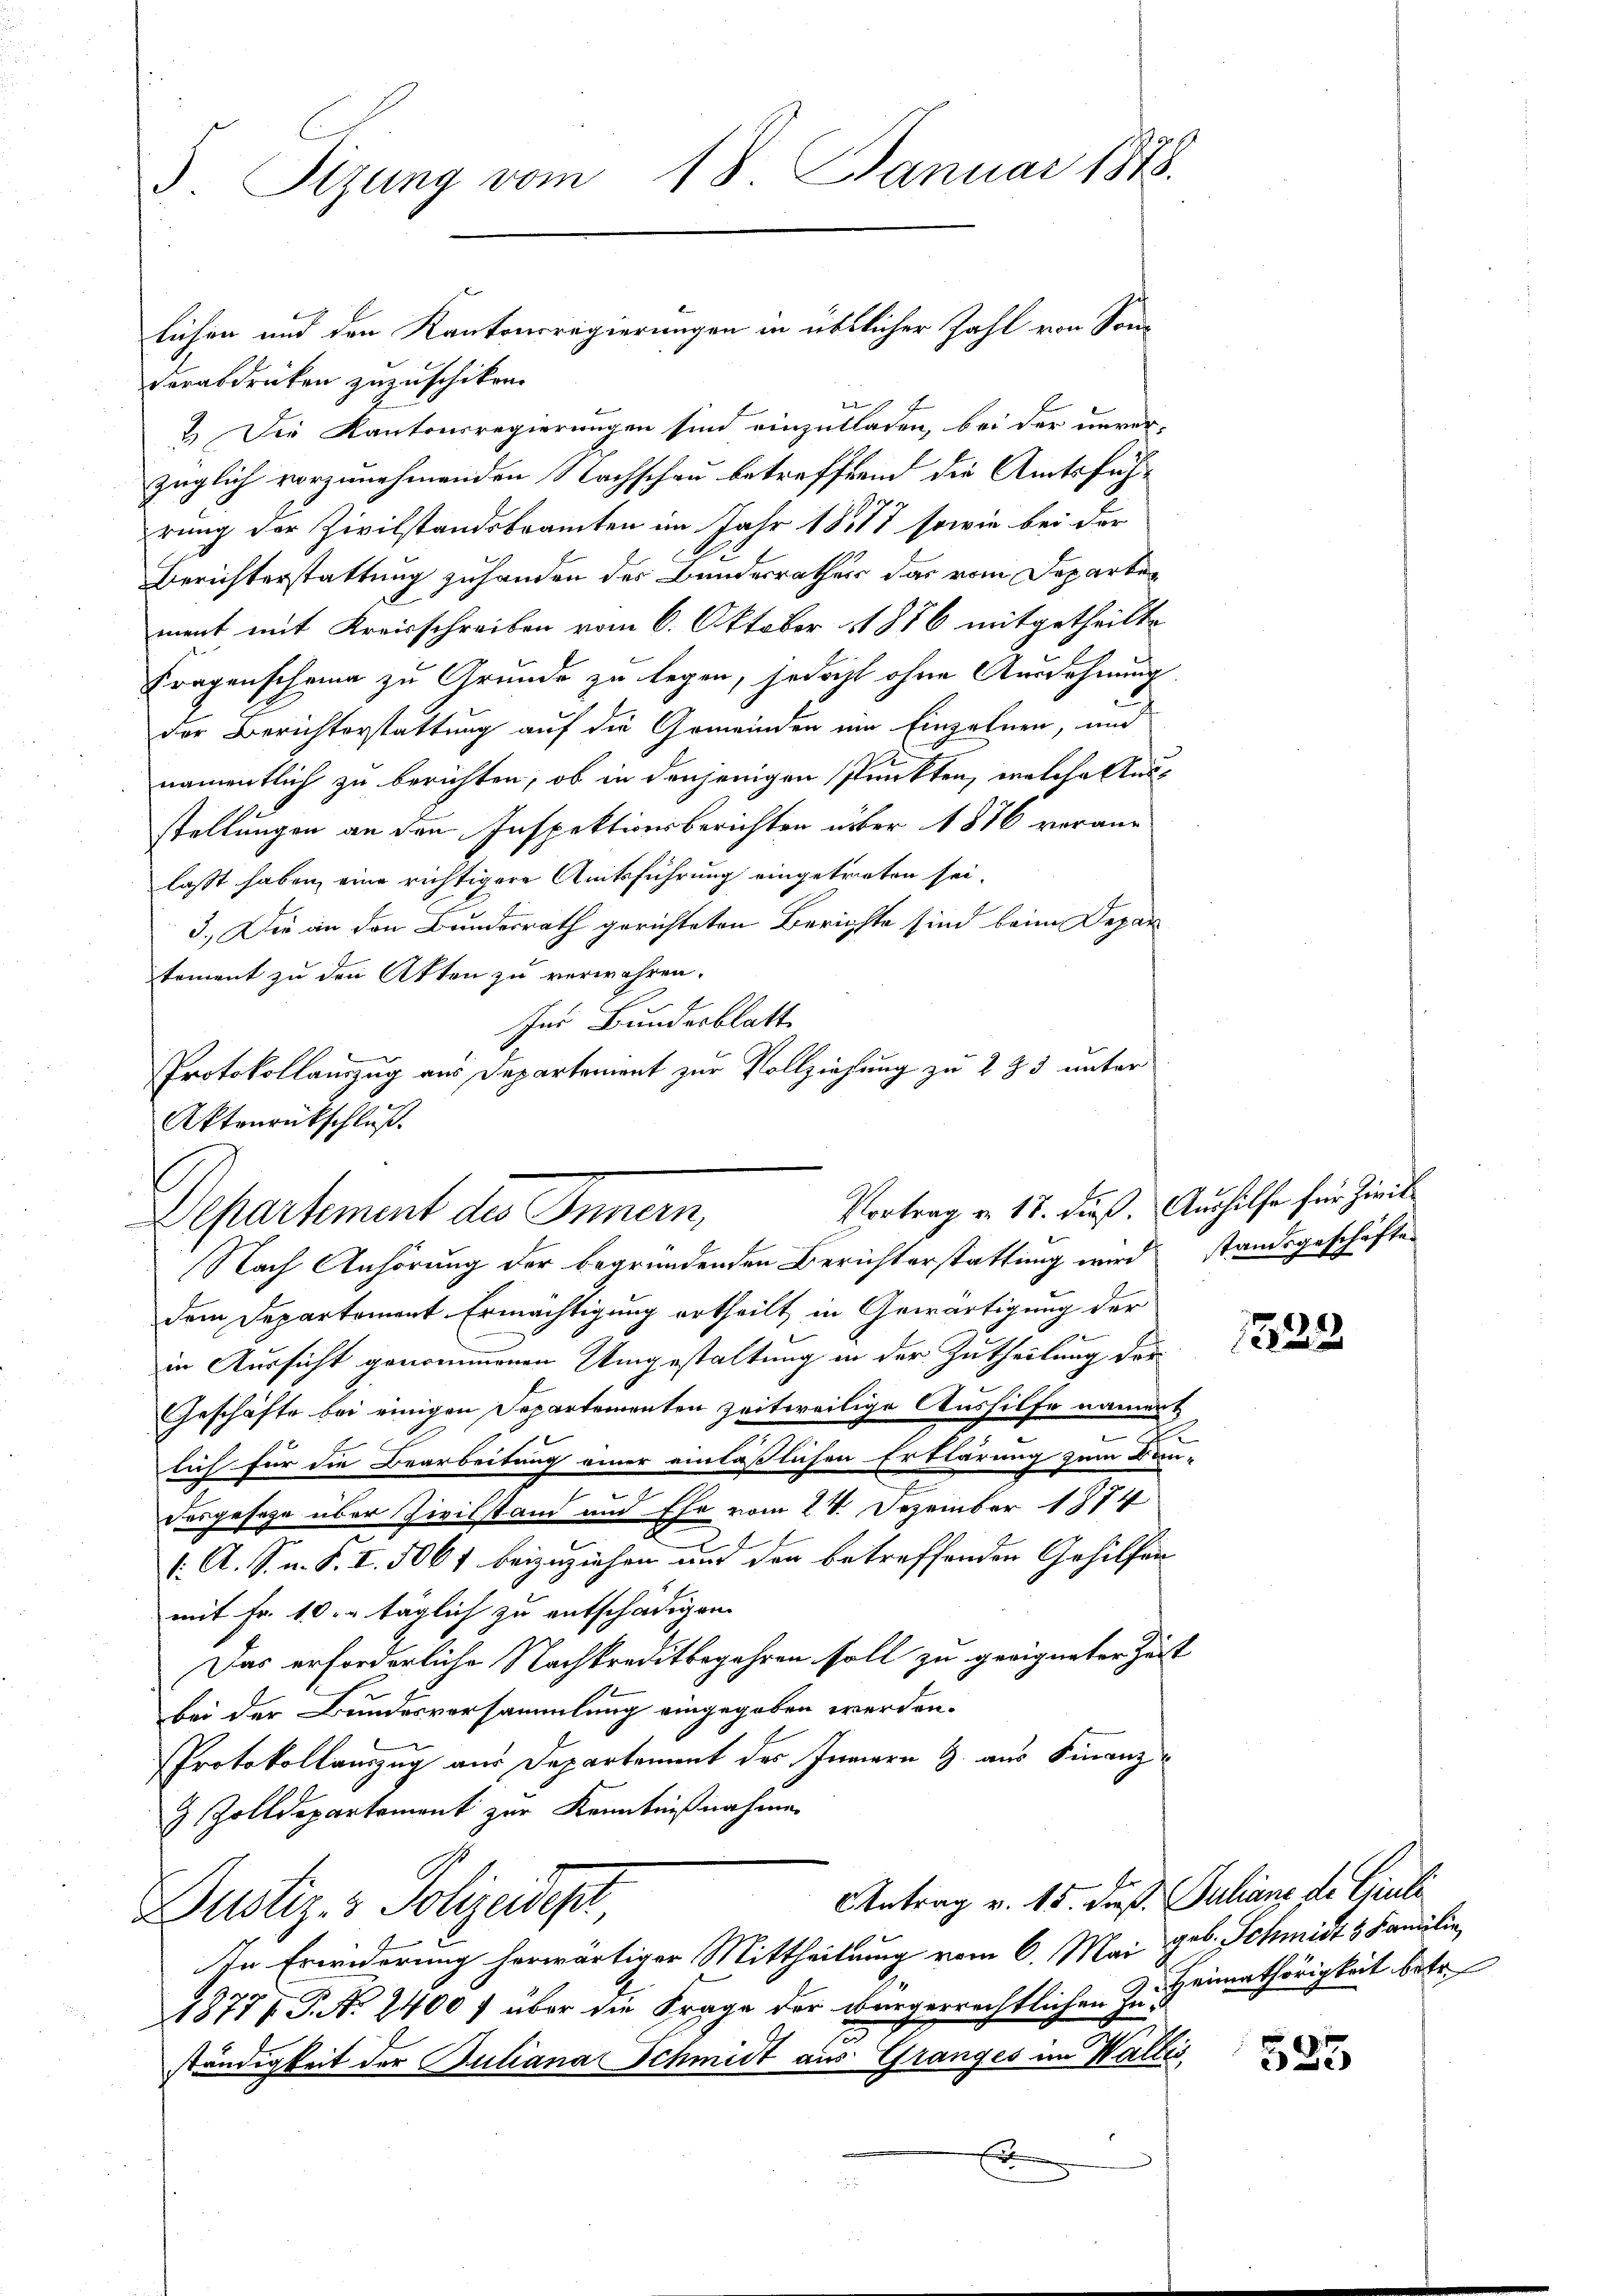
g. s
3. Sizung vom 18. Januar 1848.

lichen und den Kantonsregierungen in überlicher Zahl von Sonderabdrücken zuzuschiken.
2.) Die Kantonsregierungen sind einzuladen, bei der unver-
züglich vorzunehmenden Nachschau betreffend die Amtsführung der Zivilstandsbeamten im Jahr 1817 sowie bei der
Berichterstattung zuhanden der Bundesrathes das vom Departen
ment mit Kreisschreiben vom 6. Oktober 1856 mitgetheilte
Fragenscheine zu Grunde zu legen, jedocht ohne Ausdehnung
der Berichterstattung auf die Gemeinden um Einzahnen, und
namentlich zu berichten, ob in denjenigen Punckten, welche Ausstellungen an den Inspektionsberichten über 1876 voraus-
laßt haben, eine richtigere Amtsführung eingetreten sei.
3.) Die an den Bundesrath gerichteten Berichte sind beim Depar
tement zu den Akten zu verwahren.
Ins Bundesblatt
Protokollauszug aus Departement zur Vollziehung zu 2 § 5 unter
dem Departement Ermächtigung ertheilt in Gewärtigung der
in Aussicht genommenen Umgestaltung in der Zutheilung der
Geschäfte bei einigen Departementen zeitweilige Aushilfe namen
.
lich für die Bearbeitung einer einläßlichen Erklärung zum Dr.
Dasgesage über Zivilstand und Ehe vom 24. Dezember 1874
ff
(. A. S. n. F. I. 5067 beizuziehen und den betreffenden Gehilfen
mit Fr. 10. r täglich zu entschädigen.
Das erforderliche Nachkreditbegehren soll zu geeigneter Zei
bei der Bundesversammlung eingegeben werden.
Protokollanzug aus Departement des Innern G. aus Finanz¬
& Zolldepartement zur Kenntnißnahmen
Antrag v. 15. dieß. Julians de Giuli
Dustiz- & Polizeidept,
In Erwiderung herwärtiger Mittheilung vom 6. Mai geb. Schmidt 3 Familie,
1877/ P. N. 2400 f über die Frage der bürgerrechtlichen zu Heimathörigkeit betr.
ständigkeit der Buliana Schmidt aus Granges im Wal¬

Aktenrückschluß.
Vortrag v. 18. dieß. Aushilfe für Zivil
Departement des Innern,
Nach Anhörung der begründenden Berichterstattung wird

standsgeschäften

s

1222

2

535